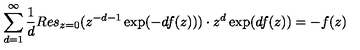
\sum _ { d = 1 } ^ { \infty } \frac { 1 } { d } R e s _ { z = 0 } ( z ^ { - d - 1 } \exp ( - d f ( z ) ) ) \cdot z ^ { d } \exp ( d f ( z ) ) = - f ( z )